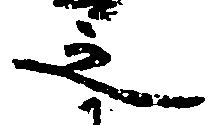
之